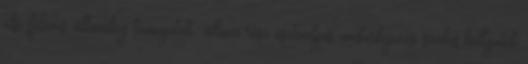
első féléves, államilag támogatott állami rész ösztöndíjas, mesterképzési szakos hallgatók